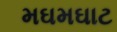
મઘમઘાટ